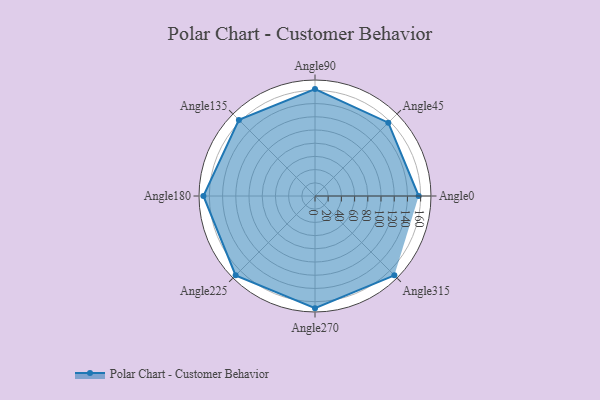
{"axis": {"x": "Angle", "y": "Radius"}, "legend": [""], "data": [{"x": "Angle0", "y": 157.0, "type": ""}, {"x": "Angle45", "y": 157.0, "type": ""}, {"x": "Angle90", "y": 162.0, "type": ""}, {"x": "Angle135", "y": 163.0, "type": ""}, {"x": "Angle180", "y": 169.0, "type": ""}, {"x": "Angle225", "y": 170, "type": ""}, {"x": "Angle270", "y": 170, "type": ""}, {"x": "Angle315", "y": 170, "type": ""}]}